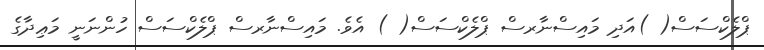
ޕްލެކްސަސް( )އަދި މައިސްނާރސް ޕްލެކްސަސް( ) އެވެ. މައިސްނާރސް ޕްލެކްސަސް ހުންނަނީ މަޢިދާގެ